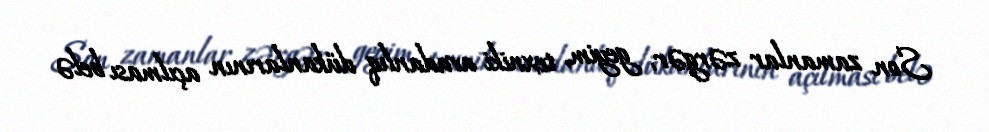
Son zamanlar zərgər, geyim, texniki avadanlıq dükanlarının açılması belə